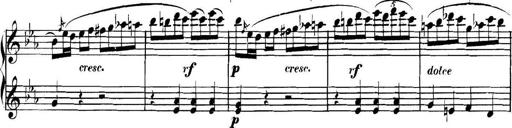
Title: Collected Piano Sonatas
Composer: Muzio Clementi